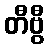
တီဗွီ